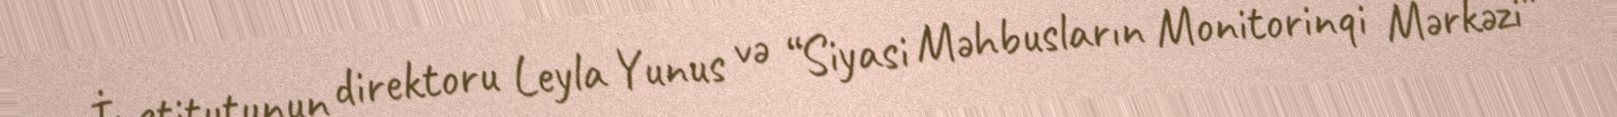
İnstitutunun direktoru Leyla Yunus və “Siyasi Məhbusların Monitorinqi Mərkəzi”